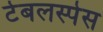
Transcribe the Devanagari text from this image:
टेबलस्पेस